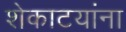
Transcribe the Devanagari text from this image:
शेकाटयांना